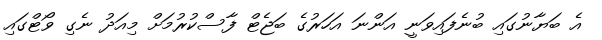
އެ ބަޔާނުގައި ބުނެފައިވަނީ އަންނަ އަހަރުގެ ބަޖެޓް ފާސްކުރުމަށް މިއަދު ނެގި ވޯޓްގައި